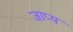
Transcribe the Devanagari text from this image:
जाप्यं